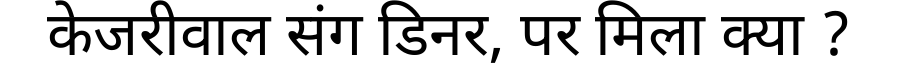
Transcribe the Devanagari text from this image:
केजरीवाल संग डिनर, पर मिला क्या ?